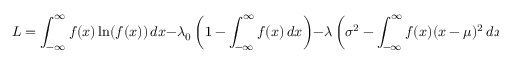
L = \int _ { - \infty } ^ { \infty } f ( x ) \ln ( f ( x ) ) \, d x - \lambda _ { 0 } \left( 1 - \int _ { - \infty } ^ { \infty } f ( x ) \, d x \right) - \lambda \left( \sigma ^ { 2 } - \int _ { - \infty } ^ { \infty } f ( x ) ( x - \mu ) ^ { 2 } \, d x \right)